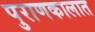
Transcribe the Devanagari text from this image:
पुराणकालात